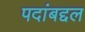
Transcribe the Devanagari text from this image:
पदांबद्दल